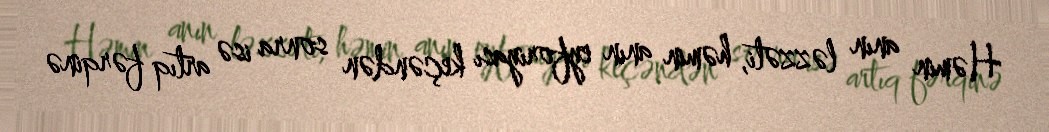
Həmin anın ləzzəti, həmin anın eyforiyası keçəndən sonra isə artıq fərqinə